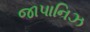
જાપાનિઝ